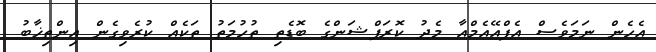
އެހެން ނަމަވެސް އެފްއޭއެމްއާ މެދު ކޮރަޕްޝަންގެ ބޮޑެތި ތުހުމަތު ތަކެއް ކުރެވިގެން އިންތިޚާބު